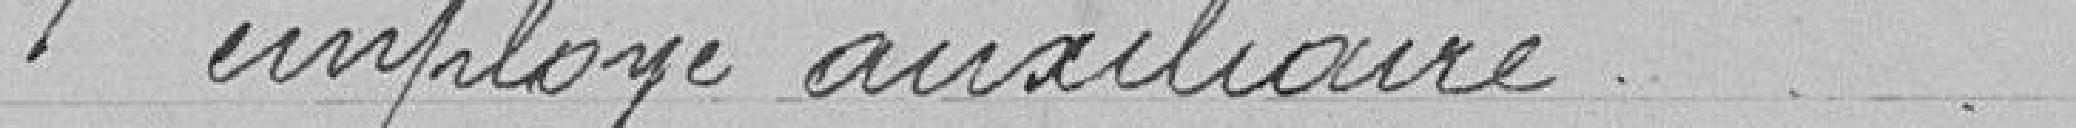
1 employé auxiliaire